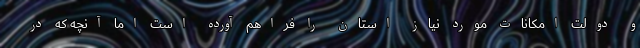
و دولت امکانات مورد نیاز استان را فراهم آورده است اما آنچه که در